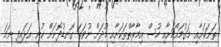
ތަނަކަށާއި މަގުމައްޗަށާއި ހުސް އިމާރާތްތަކަށާއި މޫދަށް ނުވަތަ ގޮނޑުދޮށަށް ކުނި އަޅައިފި ނަމަ